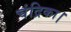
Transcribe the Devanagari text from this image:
चंद्रिका।